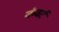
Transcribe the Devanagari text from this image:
कंवर्ट